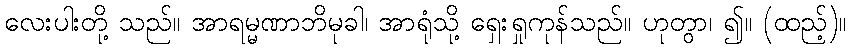
လေးပါးတို့ သည်။ အာရမ္မဏာဘိမုခါ၊ အာရုံသို့ ရှေးရှုကုန်သည်။ ဟုတွာ၊ ၍။ (ထည့်)။